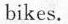
bikes.